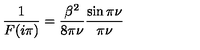
\frac { 1 } { F ( i \pi ) } = \frac { \beta ^ { 2 } } { 8 \pi \nu } \frac { \sin \pi \nu } { \pi \nu }